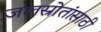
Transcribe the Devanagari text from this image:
जलस्रोतांसाठी